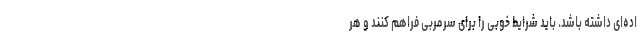
اده‌ای داشته باشد. باید شرایط خوبی را برای سرمربی فراهم کنند و هر